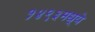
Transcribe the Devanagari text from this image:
१४९३मध्ये